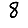
Digit: 8